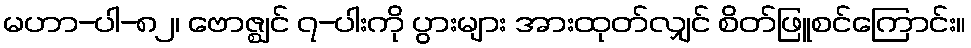
မဟာ-ပါ-၈၂၊ ဗောဇ္ဈင် ၇-ပါးကို ပွားများ အားထုတ်လျှင် စိတ်ဖြူစင်ကြောင်း။